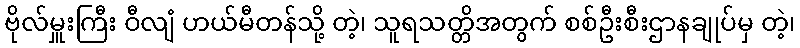
ဗိုလ်မှူးကြီး ဝီလျံ ဟယ်မီတန်သို့ တဲ့၊ သူရသတ္တိအတွက် စစ်ဦးစီးဌာနချုပ်မှ တဲ့၊